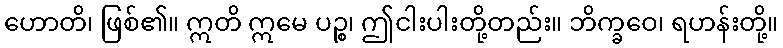
ဟောတိ၊ ဖြစ်၏။ ဣတိ ဣမေ ပဉ္စ၊ ဤငါးပါးတို့တည်း။ ဘိက္ခဝေ၊ ရဟန်းတို့။